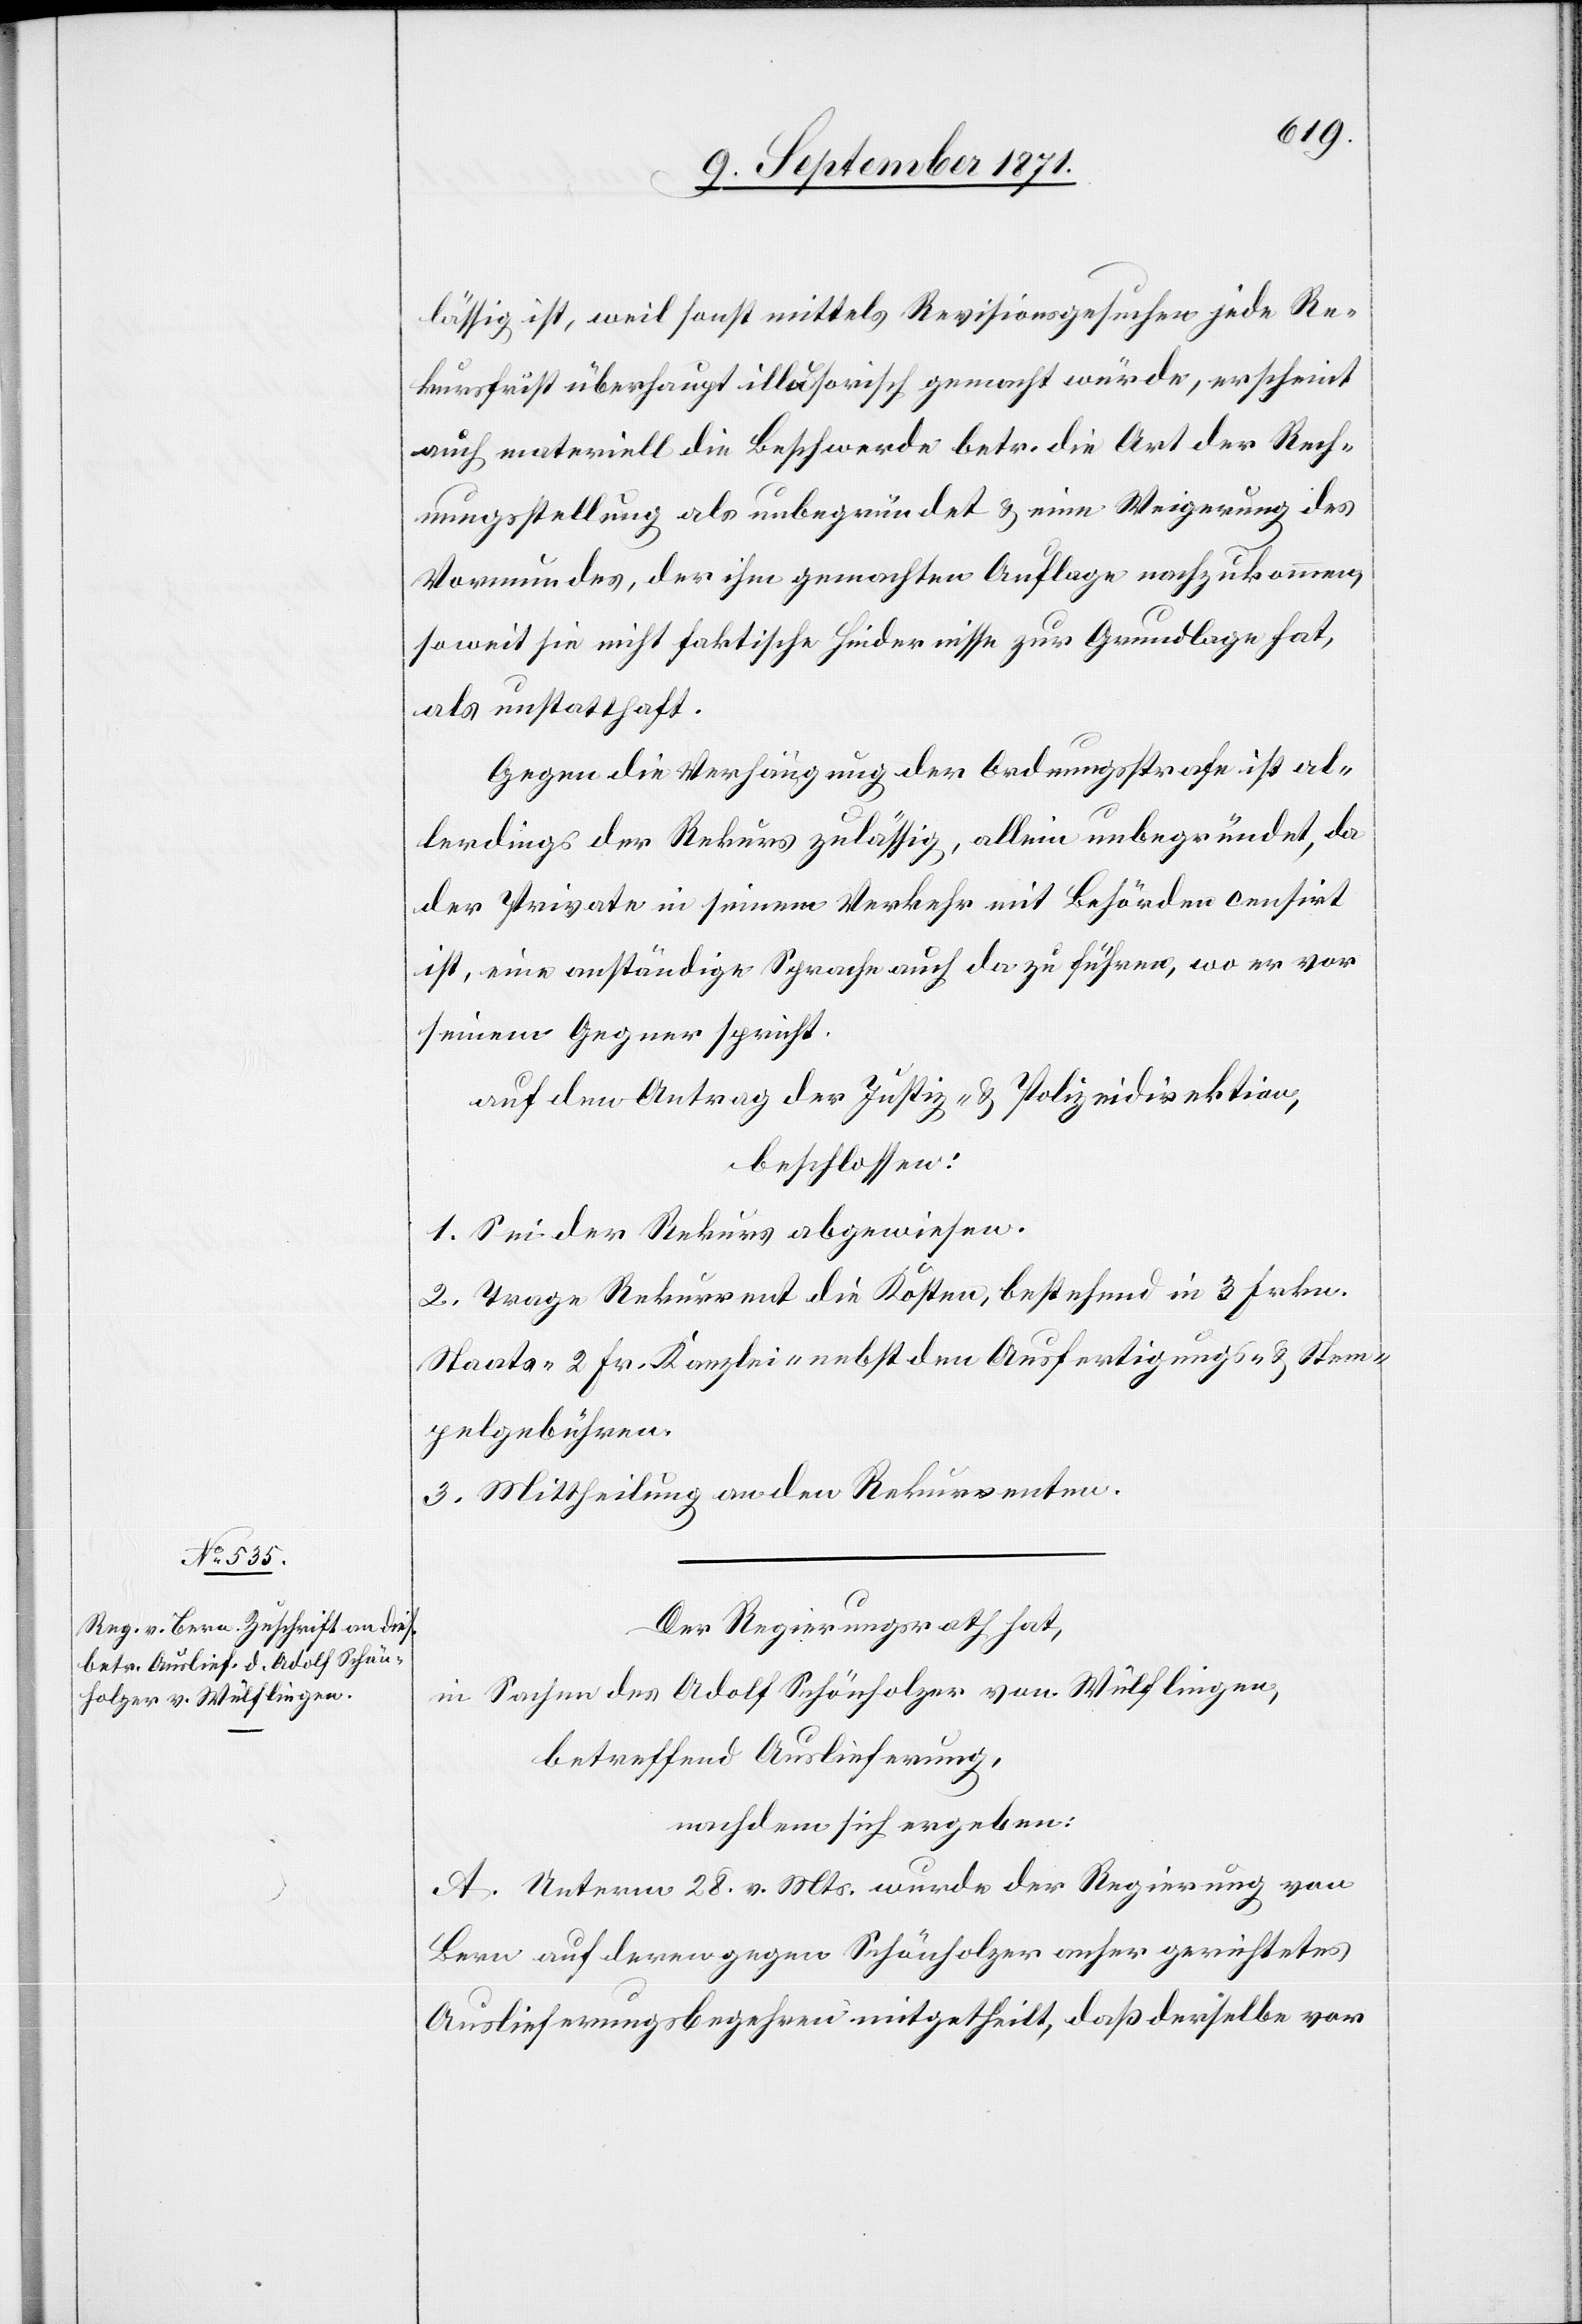
lässig ist, weil sonst mittels Revisionsgesuche jede Re¬
kursfrist überhaupt illusorisch gemacht würde, erscheint
auch materiell die Beschwerde betr. die Art der Rech¬
nungsstellung als unbegründet & eine Weigerung des
Vormundes, der ihm gemachten Auflage nachzukommen
soweit sie nicht faktische Hindernisse zur Grundlage hat,
als unstatthaft.
Gegen die Verhängung der Ordnungsstrafe ist al¬
lerdings der Rekurs zulässig, alleine unbegründet, da
der Private in seinem Verkehr mit Behörden censirt
ist, eine anständige Sprache auch da zu führen, wo er vor
seinem Gegner spricht.
auf den Antrag der Justiz- & Polizeidirektion,
beschlossen:
1. Sei der Rekurs abgewiesen.
2. Trage Rekurrent die Kosten, bestehend in 3 Frkn.
Staats-[,] 2 Fr. Kanzlei-[,] nebst den Ausfertigungs- & Stem¬
pelgebühren
3. Mittheilung an den Rekurrenten.
Der Regierungsrath hat,
in Sachen des Adolf Schönholzer von Wülflingen,
betreffend Auslieferung,
nachdem sich ergeben:
A. Unterm 28. v. Mts. wurde der Regierung von
Bern auf deren gegen Schönholzer anher gerichtetes
Auslieferungsbegehren mitgetheilt, daß derselbe vor